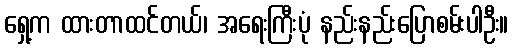
ရှေ့က ထားတာထင်တယ်၊ အရေးကြီးပုံ နည်းနည်းပြောစမ်းပါဦး။